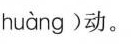
huàng )动。